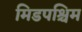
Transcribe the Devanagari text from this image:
मिडपश्चिम